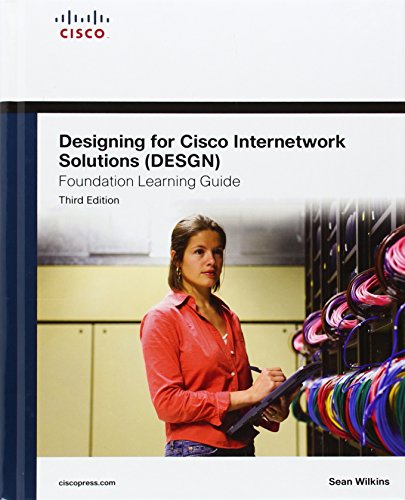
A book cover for Designing for Cisco Internetwork Solutions (DESGN) Foundation Learning Guide: (CCDA DESGN 640-864) (3rd Edition) (Foundation Learning Guides); Sean Wilkins; Computers & Technology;